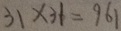
3 1 \times 3 1 = 9 6 1